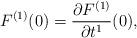
LaTeX: \begin{align*}F^{(1)}(0)=\frac{\partial F^{(1)}}{\partial t^1}(0),\end{align*}